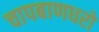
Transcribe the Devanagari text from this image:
चापबाणधरो